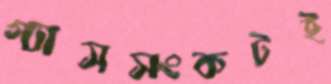
গ্যাসসংকটই